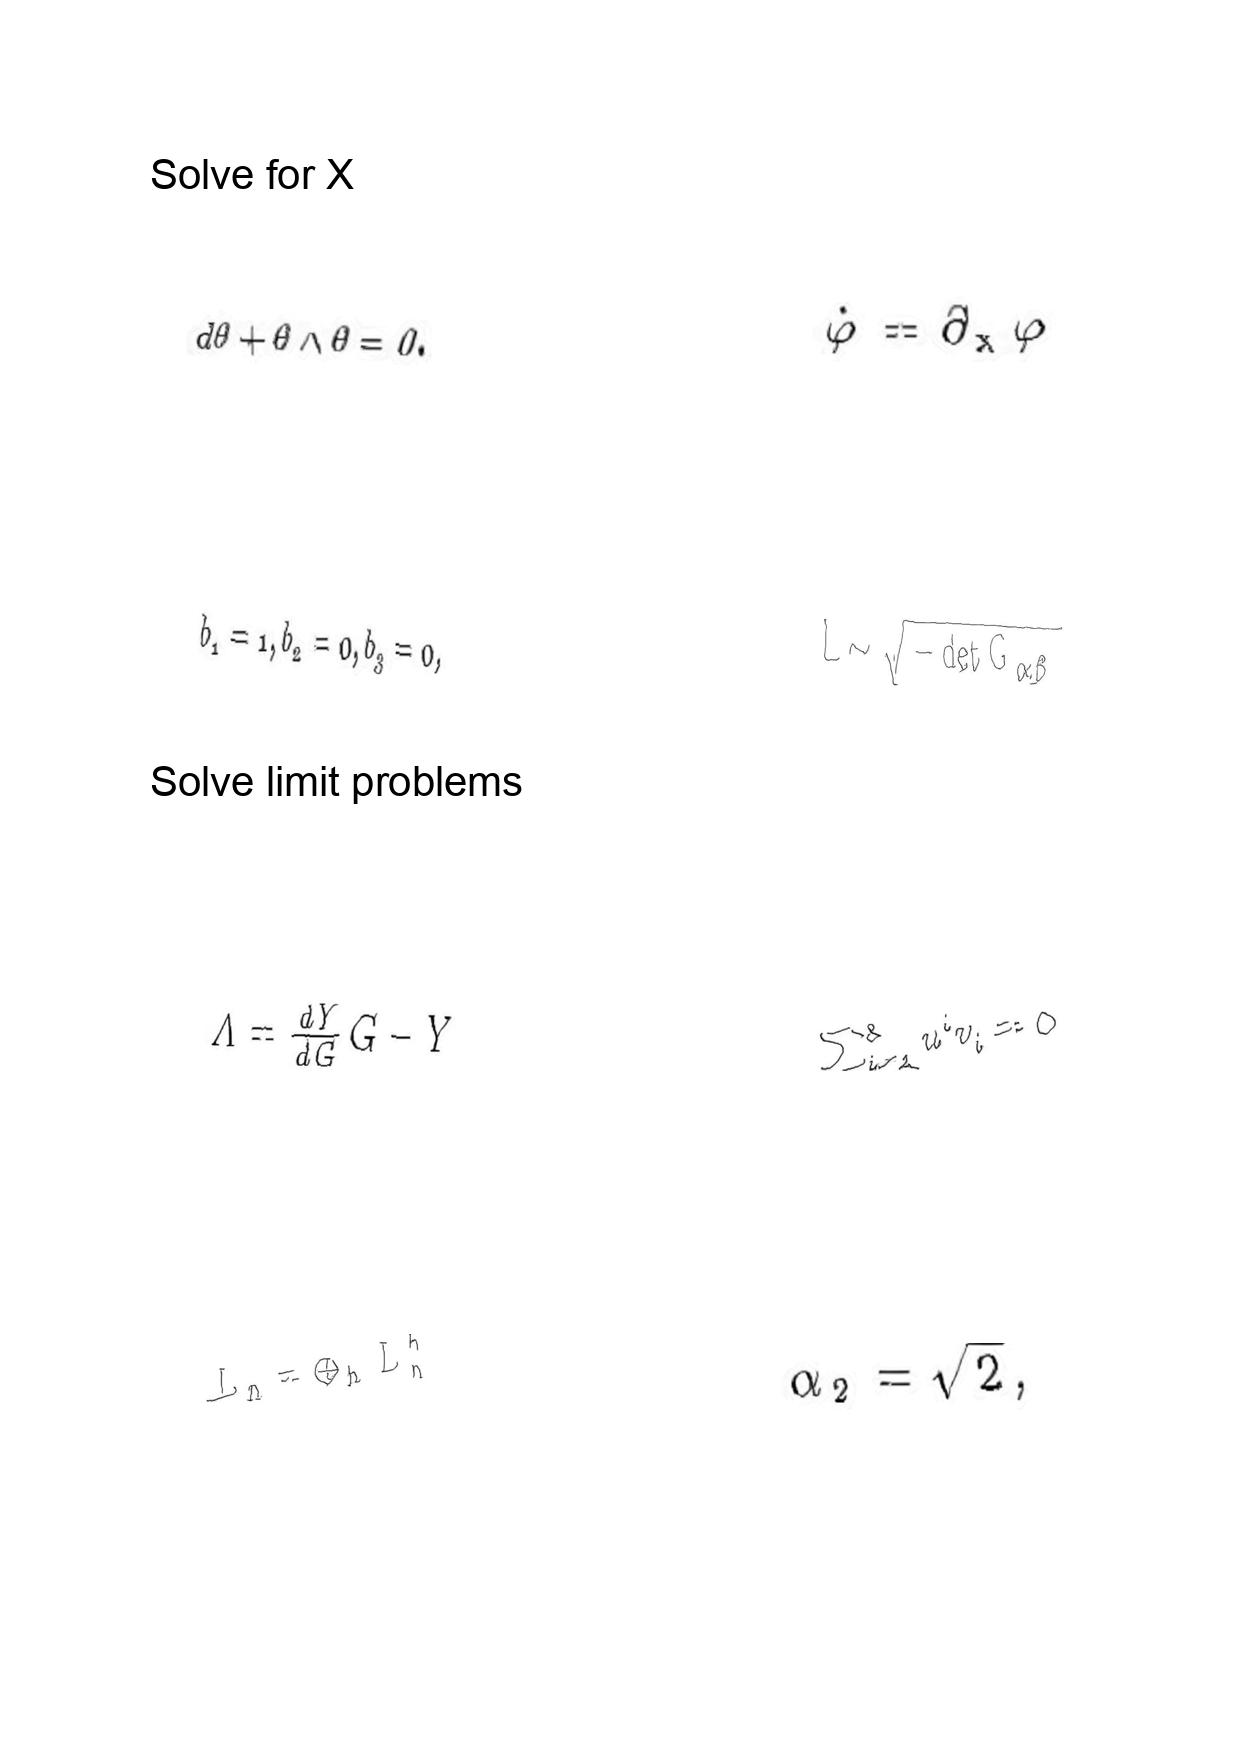
LaTeX transcription:
d \theta + \theta \wedge \theta = 0 .
b _ { 1 } = 1 , b _ { 2 } = 0 , b _ { 3 } = 0 ,
\Lambda = \frac { d Y } { d G } G - Y
L _ { n } = \oplus _ { h } L _ { n } ^ { h }
\dot { \varphi } = \partial _ { x } \varphi
L \sim \sqrt { - \det G _ { \alpha \beta } }
\sum _ { i = 1 } ^ { 3 } u ^ { i } v _ { i } = 0
\alpha _ { 2 } = \sqrt { 2 } ,